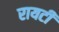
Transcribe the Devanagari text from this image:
रायटी